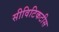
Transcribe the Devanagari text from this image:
सीविटिकटीस